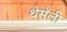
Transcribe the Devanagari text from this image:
थेसॅली